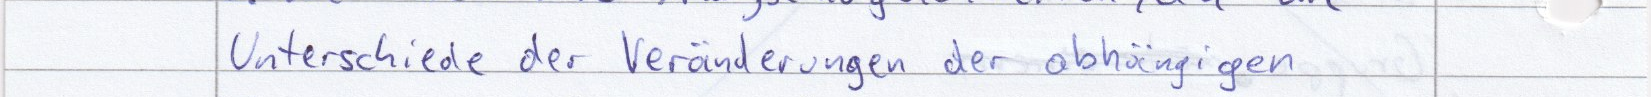
Unterschiede der Veränderungen der abhängigen